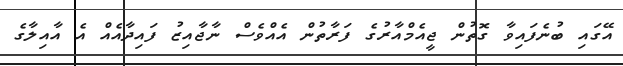
އޭގައި ބުނެފައިވާ ގޮތުން ޖީއެމްއާރުގެ ފަރާތުން އެއްވެސް ނާޖާއިޒު ފައިދާއެއް އެ އާއިލާގެ